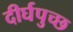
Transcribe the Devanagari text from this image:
दीर्घपुच्छ